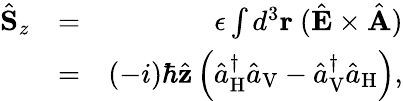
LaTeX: \begin{array}{rlr}{\hat{\mathbf S}_{z}}&{=}&{\epsilon\int d^{3}{\mathbf r}\ (\hat{\mathbf E}\times\hat{\mathbf A})}\\ &{=}&{(-i)\hbar\hat{\mathbf z}\left(\hat{a}_{\mathrm{H}}^{\dagger}\hat{a}_{\mathrm{V}}-\hat{a}_{\mathrm{V}}^{\dagger}\hat{a}_{\mathrm{H}}\right),}\end{array}